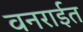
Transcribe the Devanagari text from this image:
वनरार्इत